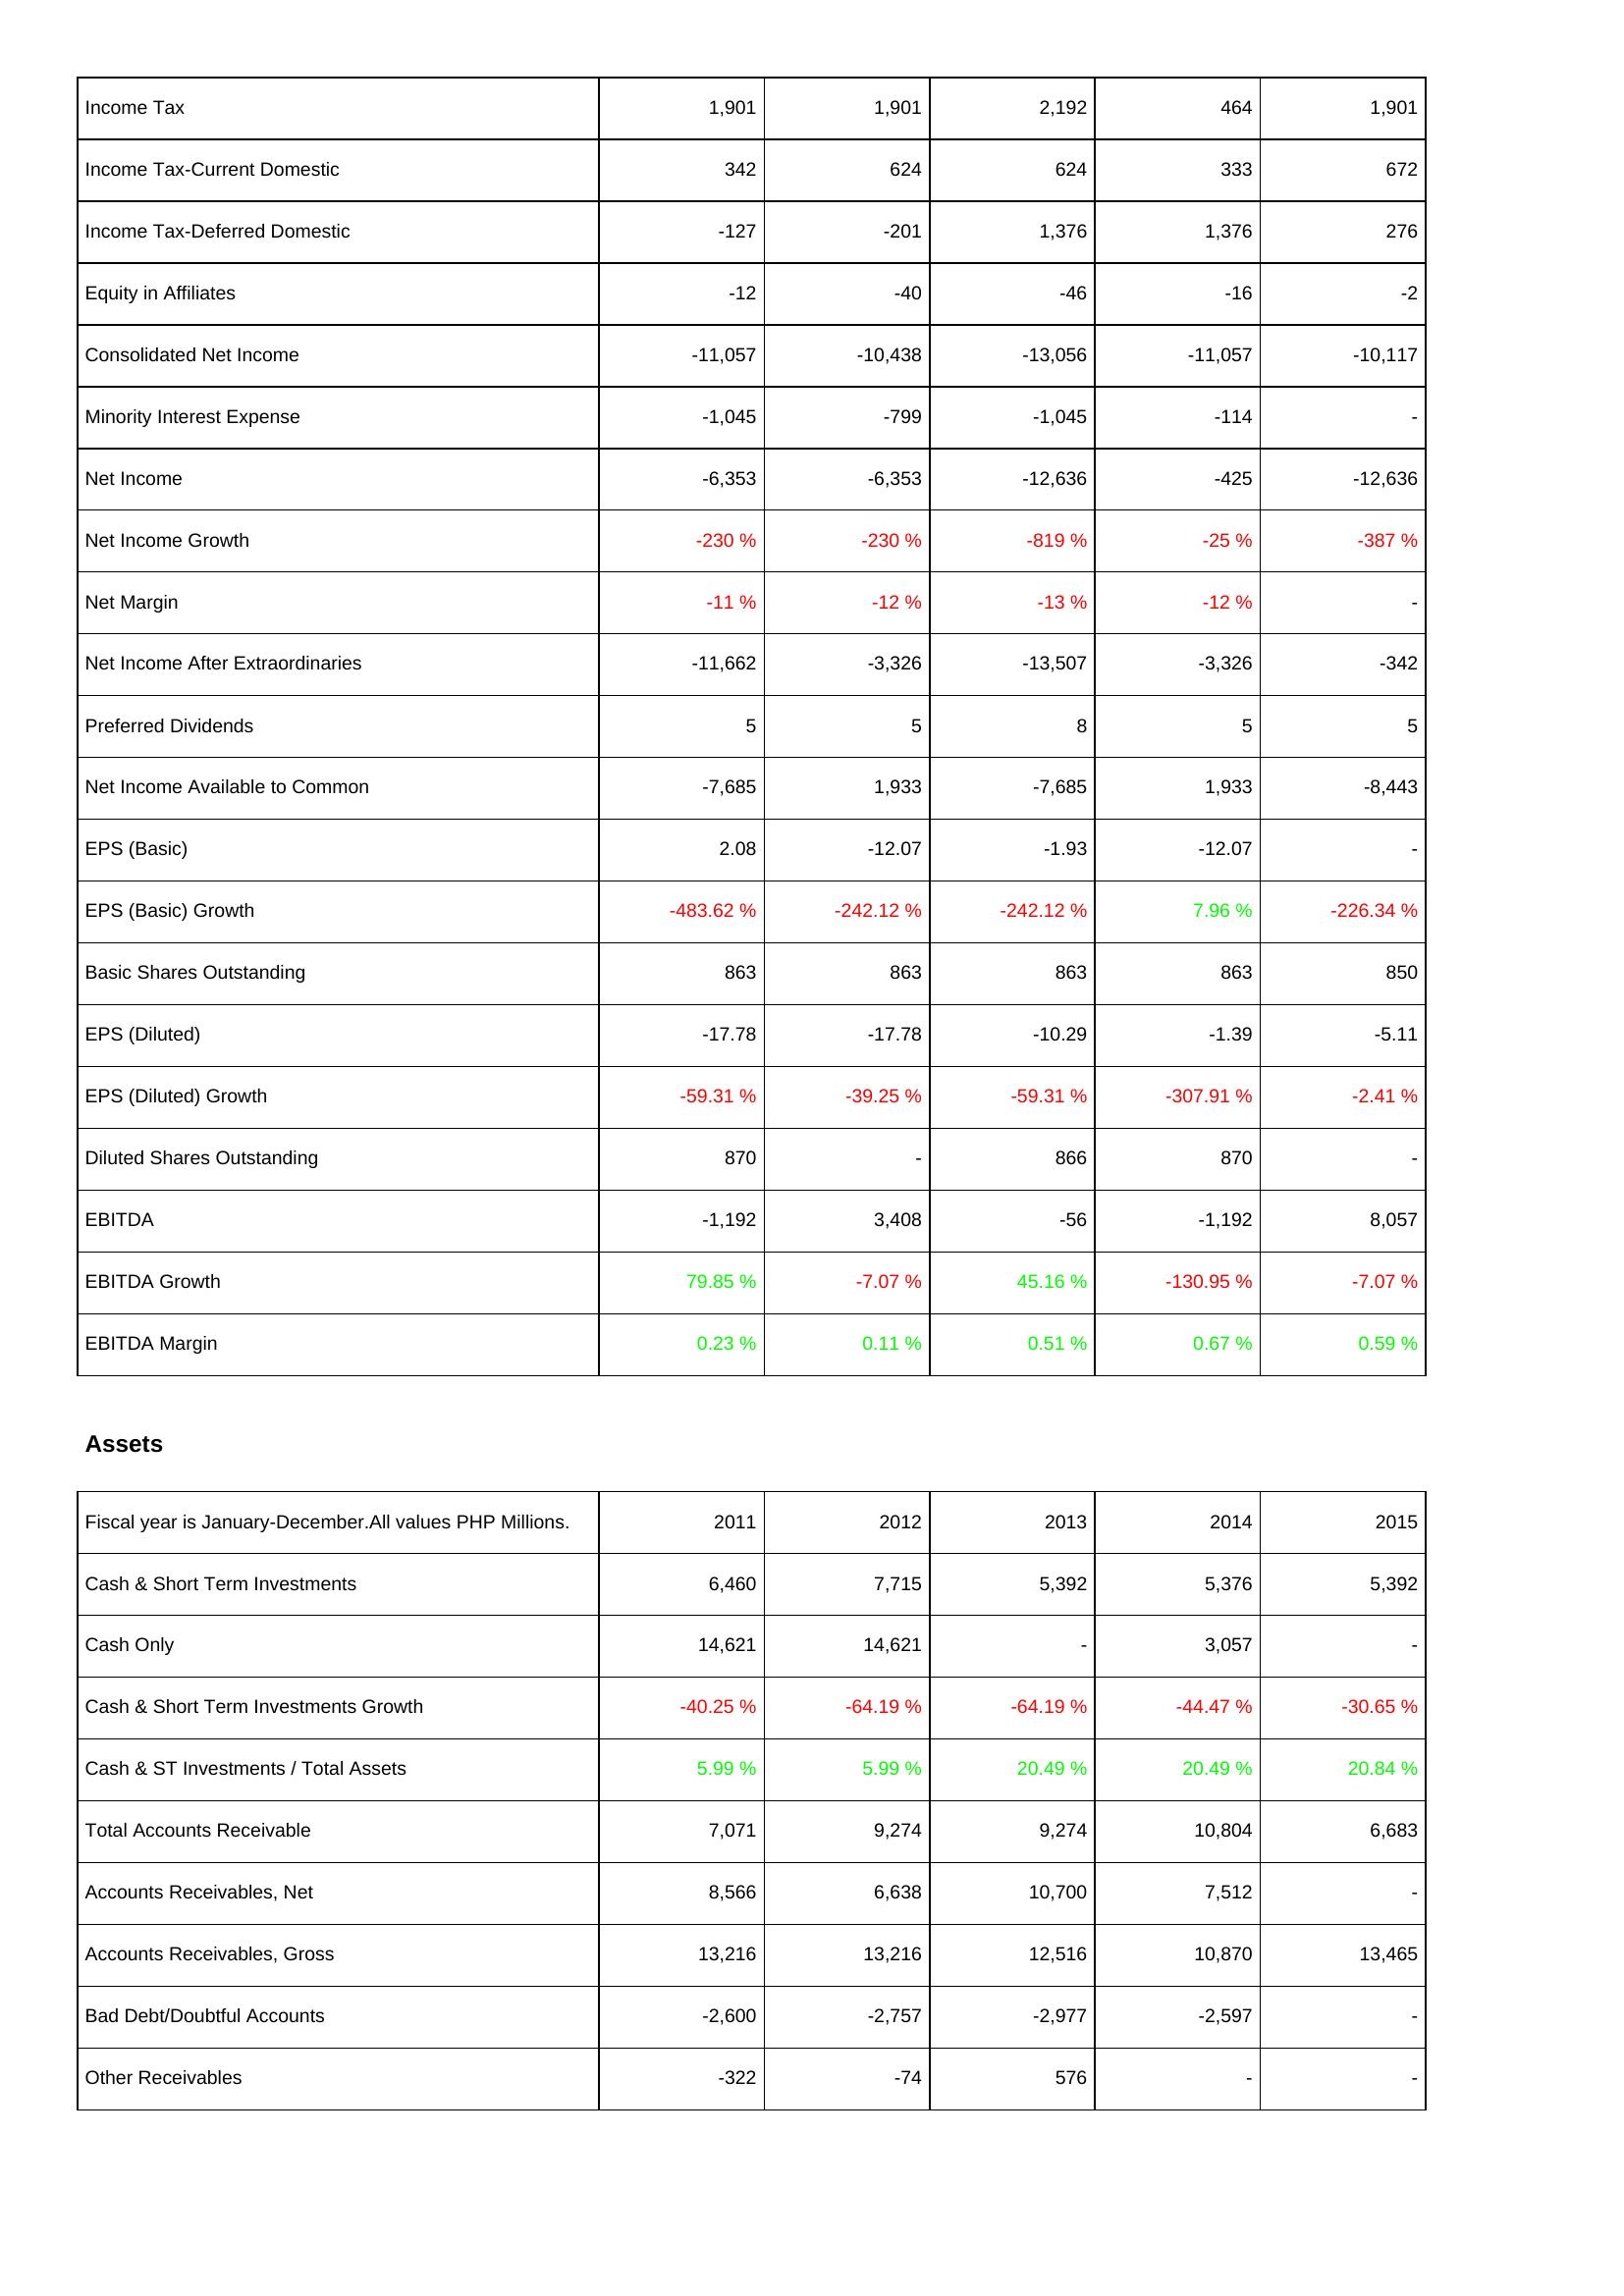
2011: Income Statement: Income Tax: 1,901
Income Tax-Current Domestic: 342
Income Tax-Deferred Domestic: -127
Equity in Affiliates: -12
Consolidated Net Income: -11,057
Minority Interest Expense: -1,045
Net Income: -6,353
Net Income Growth: -230 %
Net Margin: -11 %
Net Income After Extraordinaries: -11,662
Preferred Dividends: 5
Net Income Available to Common: -7,685
EPS (Basic): 2.08
EPS (Basic) Growth: -483.62 %
Basic Shares Outstanding: 863
EPS (Diluted): -17.78
EPS (Diluted) Growth: -59.31 %
Diluted Shares Outstanding: 870
EBITDA: -1,192
EBITDA Growth: 79.85 %
EBITDA Margin: 0.23 %
Assets: Cash & Short Term Investments: 6,460
Cash Only: 14,621
Cash & Short Term Investments Growth: -40.25 %
Cash & ST Investments / Total Assets: 5.99 %
Total Accounts Receivable: 7,071
Accounts Receivables, Net: 8,566
Accounts Receivables, Gross: 13,216
Bad Debt/Doubtful Accounts: -2,600
Other Receivables: -322
2012: Income Statement: Income Tax: 1,901
Income Tax-Current Domestic: 624
Income Tax-Deferred Domestic: -201
Equity in Affiliates: -40
Consolidated Net Income: -10,438
Minority Interest Expense: -799
Net Income: -6,353
Net Income Growth: -230 %
Net Margin: -12 %
Net Income After Extraordinaries: -3,326
Preferred Dividends: 5
Net Income Available to Common: 1,933
EPS (Basic): -12.07
EPS (Basic) Growth: -242.12 %
Basic Shares Outstanding: 863
EPS (Diluted): -17.78
EPS (Diluted) Growth: -39.25 %
Diluted Shares Outstanding: -
EBITDA: 3,408
EBITDA Growth: -7.07 %
EBITDA Margin: 0.11 %
Assets: Cash & Short Term Investments: 7,715
Cash Only: 14,621
Cash & Short Term Investments Growth: -64.19 %
Cash & ST Investments / Total Assets: 5.99 %
Total Accounts Receivable: 9,274
Accounts Receivables, Net: 6,638
Accounts Receivables, Gross: 13,216
Bad Debt/Doubtful Accounts: -2,757
Other Receivables: -74
2013: Income Statement: Income Tax: 2,192
Income Tax-Current Domestic: 624
Income Tax-Deferred Domestic: 1,376
Equity in Affiliates: -46
Consolidated Net Income: -13,056
Minority Interest Expense: -1,045
Net Income: -12,636
Net Income Growth: -819 %
Net Margin: -13 %
Net Income After Extraordinaries: -13,507
Preferred Dividends: 8
Net Income Available to Common: -7,685
EPS (Basic): -1.93
EPS (Basic) Growth: -242.12 %
Basic Shares Outstanding: 863
EPS (Diluted): -10.29
EPS (Diluted) Growth: -59.31 %
Diluted Shares Outstanding: 866
EBITDA: -56
EBITDA Growth: 45.16 %
EBITDA Margin: 0.51 %
Assets: Cash & Short Term Investments: 5,392
Cash Only: -
Cash & Short Term Investments Growth: -64.19 %
Cash & ST Investments / Total Assets: 20.49 %
Total Accounts Receivable: 9,274
Accounts Receivables, Net: 10,700
Accounts Receivables, Gross: 12,516
Bad Debt/Doubtful Accounts: -2,977
Other Receivables: 576
2014: Income Statement: Income Tax: 464
Income Tax-Current Domestic: 333
Income Tax-Deferred Domestic: 1,376
Equity in Affiliates: -16
Consolidated Net Income: -11,057
Minority Interest Expense: -114
Net Income: -425
Net Income Growth: -25 %
Net Margin: -12 %
Net Income After Extraordinaries: -3,326
Preferred Dividends: 5
Net Income Available to Common: 1,933
EPS (Basic): -12.07
EPS (Basic) Growth: 7.96 %
Basic Shares Outstanding: 863
EPS (Diluted): -1.39
EPS (Diluted) Growth: -307.91 %
Diluted Shares Outstanding: 870
EBITDA: -1,192
EBITDA Growth: -130.95 %
EBITDA Margin: 0.67 %
Assets: Cash & Short Term Investments: 5,376
Cash Only: 3,057
Cash & Short Term Investments Growth: -44.47 %
Cash & ST Investments / Total Assets: 20.49 %
Total Accounts Receivable: 10,804
Accounts Receivables, Net: 7,512
Accounts Receivables, Gross: 10,870
Bad Debt/Doubtful Accounts: -2,597
Other Receivables: -
2015: Income Statement: Income Tax: 1,901
Income Tax-Current Domestic: 672
Income Tax-Deferred Domestic: 276
Equity in Affiliates: -2
Consolidated Net Income: -10,117
Minority Interest Expense: -
Net Income: -12,636
Net Income Growth: -387 %
Net Margin: -
Net Income After Extraordinaries: -342
Preferred Dividends: 5
Net Income Available to Common: -8,443
EPS (Basic): -
EPS (Basic) Growth: -226.34 %
Basic Shares Outstanding: 850
EPS (Diluted): -5.11
EPS (Diluted) Growth: -2.41 %
Diluted Shares Outstanding: -
EBITDA: 8,057
EBITDA Growth: -7.07 %
EBITDA Margin: 0.59 %
Assets: Cash & Short Term Investments: 5,392
Cash Only: -
Cash & Short Term Investments Growth: -30.65 %
Cash & ST Investments / Total Assets: 20.84 %
Total Accounts Receivable: 6,683
Accounts Receivables, Net: -
Accounts Receivables, Gross: 13,465
Bad Debt/Doubtful Accounts: -
Other Receivables: -